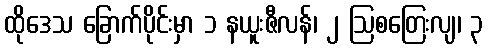
ထိုဒေသ ခြောက်ပိုင်းမှာ ၁ နယူးဇီလန်၊ ၂ ဩစတြေးလျ၊ ၃